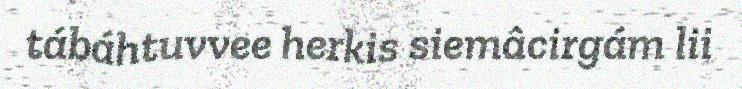
tábáhtuvvee herkis siemâcirgám lii